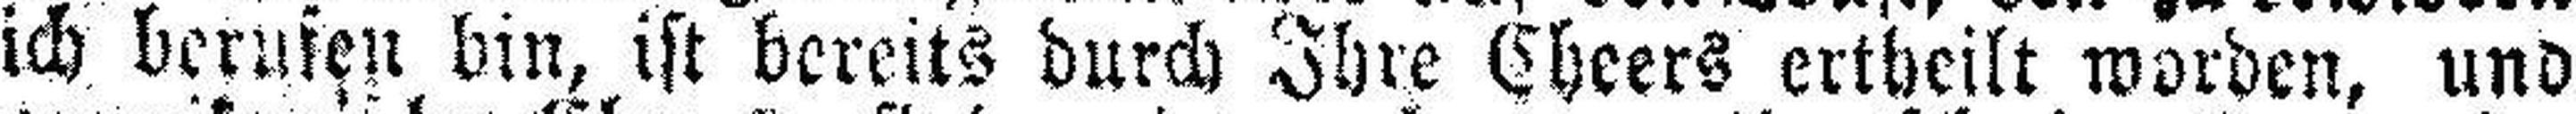
ich berufen bin, ist bereits durch Ihre Cheers ertheilt worden, und